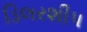
ડિલરશીપ